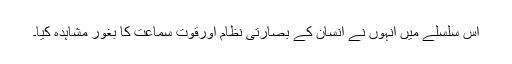
اس سلسلے میں انہوں نے انسان کے بصارتی نظام اورقوتِ سماعت کا بغور مشاہدہ کیا۔